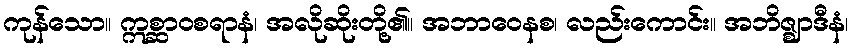
ကုန်သော။ ဣစ္ဆာဝစရာနံ၊ အလိုဆိုးတို့၏။ အဘာဝေနစ၊ လည်းကောင်း။ အဘိဇ္ဈာဒီနံ၊